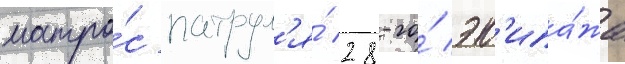
матро́с патрул'я́ 28-го́ эк'ипа́жа